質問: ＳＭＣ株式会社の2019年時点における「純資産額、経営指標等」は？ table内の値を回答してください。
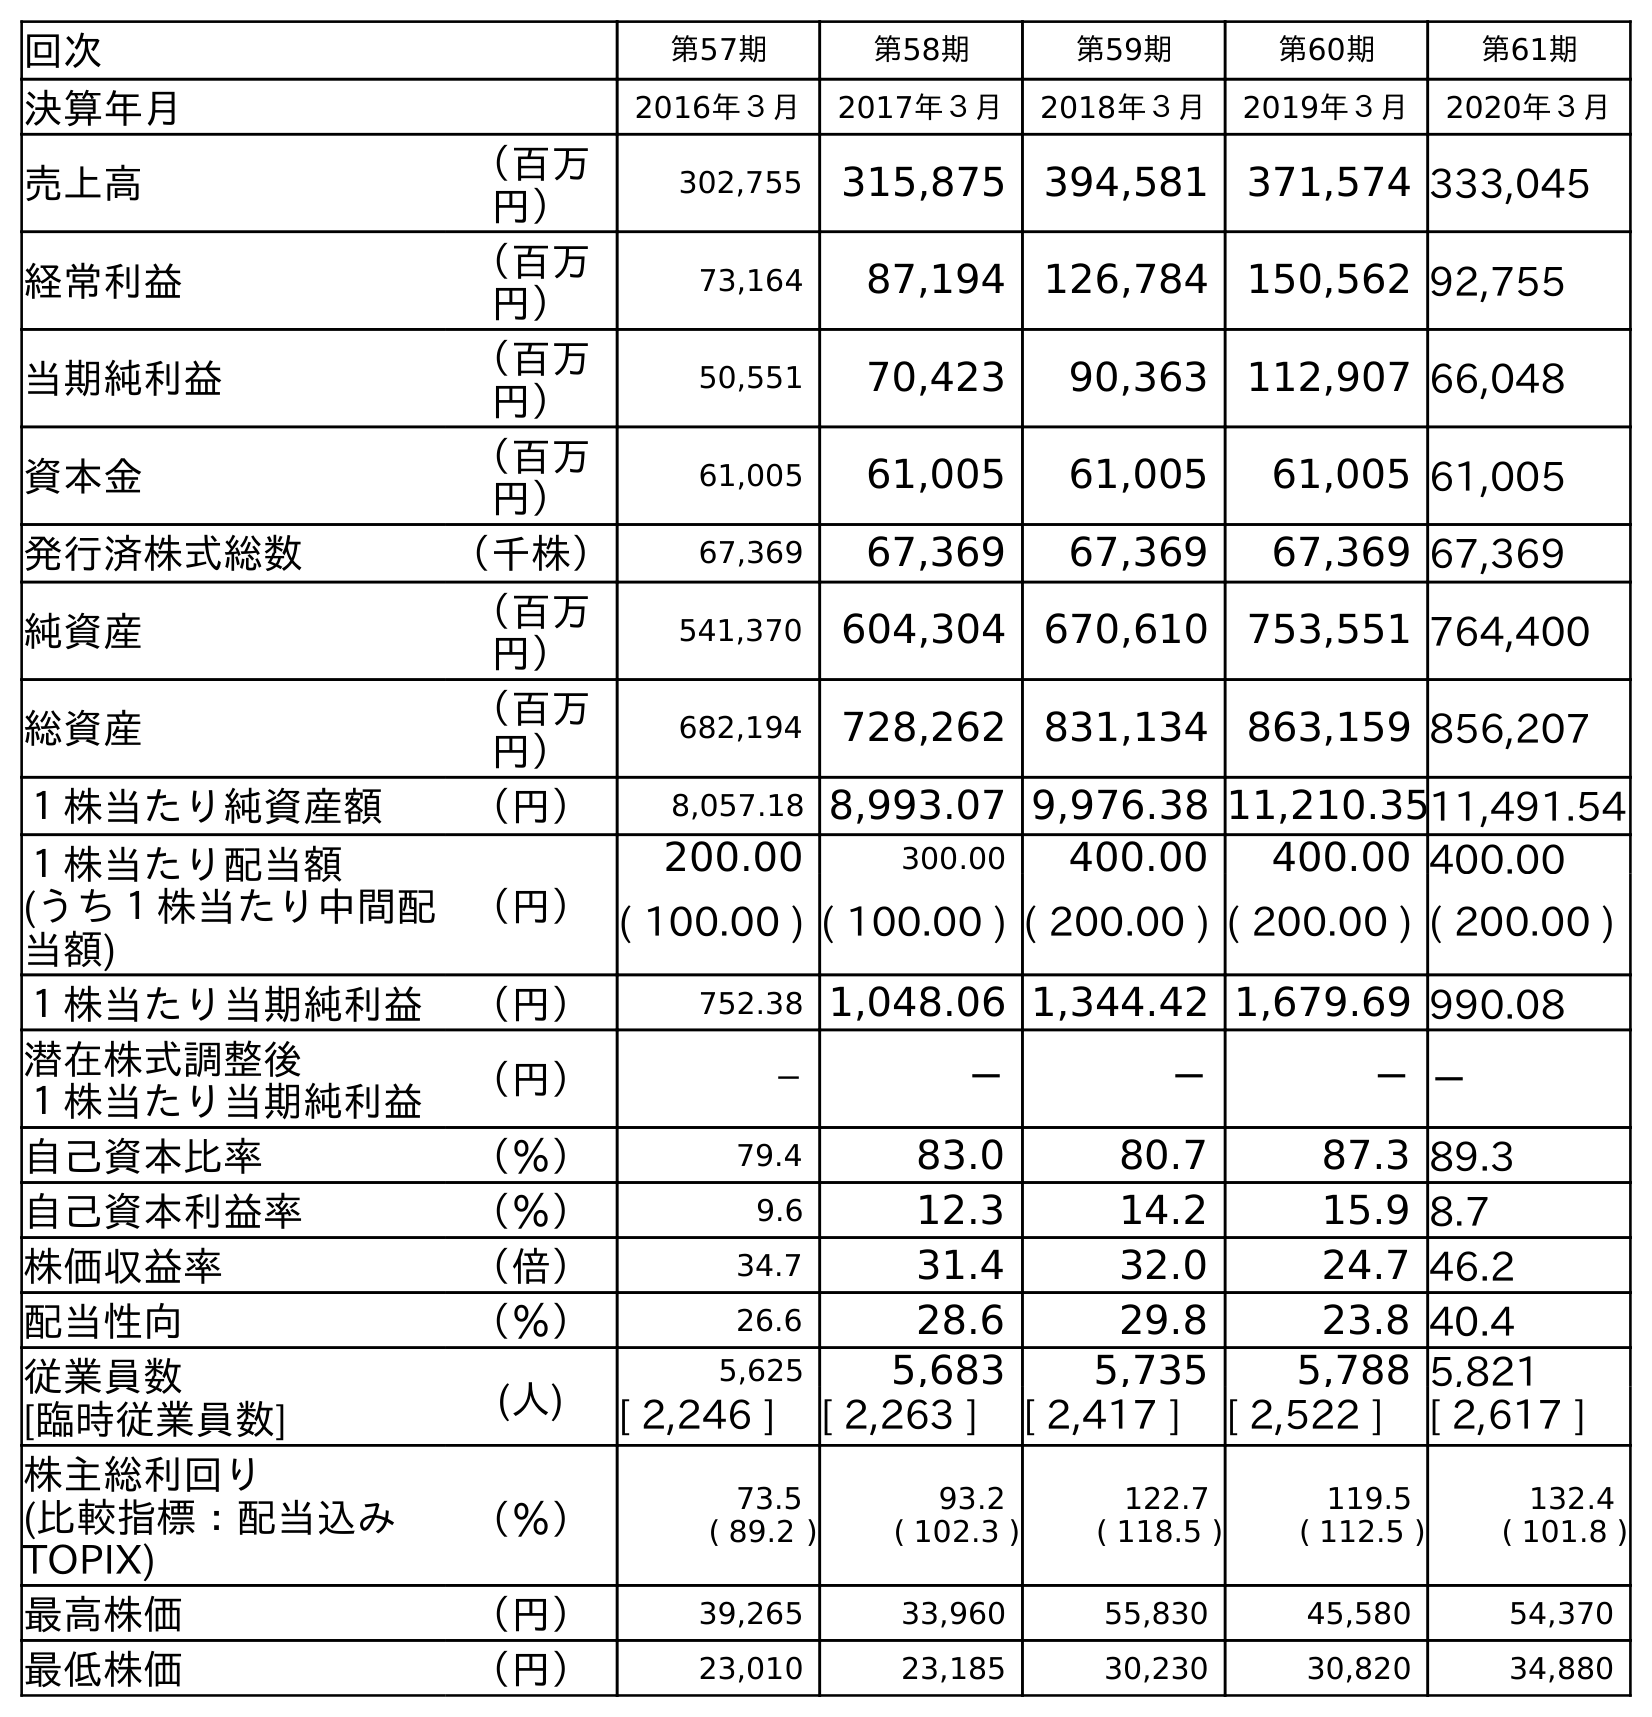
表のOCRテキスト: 回次 第57期 第58期 第59期 第60期 第61期 決算年月 2016年３月 2017年３月 2018年３月 2019年３月 2020年３月 売上高 （百万 円） 302,755 315,875 394,581 371,574 333,045 経常利益 （百万 円） 73,164 87,194 126,784 150,562 92,755 当期純利益 （百万 円） 50,551 70,423 90,363 112,907 66,048 資本金 （百万 円） 61,005 61,005 61,005 61,005 61,005 発行済株式総数 （千株） 67,369 67,369 67,369 67,369 67,369 純資産 （百万 円） 541,370 604,304 670,610 753,551 764,400 総資産 （百万 円） 682,194 728,262 831,134 863,159 856,207 １株当たり純資産額 （円） 8,057.18 8,993.07 9,976.38 11,210.3511,491.54 １株当たり配当額 (うち１株当たり中間配 当額) （円） 200.00 300.00 400.00 400.00 400.00 ( 100.00 ) ( 100.00 ) ( 200.00 ) ( 200.00 ) ( 200.00 ) １株当たり当期純利益 （円） 752.38 1,048.06 1,344.42 1,679.69 990.08 潜在株式調整後 １株当たり当期純利益 （円） － － － －－ 自己資本比率 （％） 79.4 83.0 80.7 87.3 89.3 自己資本利益率 （％） 9.6 12.3 14.2 15.9 8.7 株価収益率 （倍） 34.7 31.4 32.0 24.7 46.2 配当性向 （％） 26.6 28.6 29.8 23.8 40.4 従業員数 [臨時従業員数] (人) 5,625 5,683 5,735 5,788 5,821 [ 2,246 ] [ 2,263 ] [ 2,417 ] [ 2,522 ] [ 2,617 ] 株主総利回り (比較指標：配当込み TOPIX) （％） 73.5 ( 89.2 ) 93.2 ( 102.3 ) 122.7 ( 118.5 ) 119.5 ( 112.5 ) 132.4 ( 101.8 ) 最高株価 （円） 39,265 33,960 55,830 45,580 54,370 最低株価 （円） 23,010 23,185 30,230 30,820 34,880
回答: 753,551